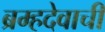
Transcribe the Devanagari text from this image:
ब्रम्हदेवाची